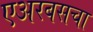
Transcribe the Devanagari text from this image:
एअरबसचा